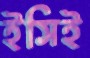
ইসিই